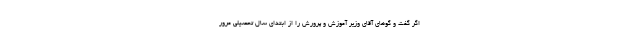
اگر گفت و گوهای آقای وزیر آموزش و پرورش را از ابتدای سال تحصیلی مرور